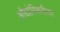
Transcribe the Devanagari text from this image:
औद्योगिकरीत्या